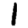
Digit: 1